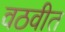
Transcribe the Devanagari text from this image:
वठवीत